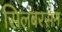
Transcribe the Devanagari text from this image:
सिलंबरसन